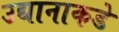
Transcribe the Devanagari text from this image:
उद्यानाकडे